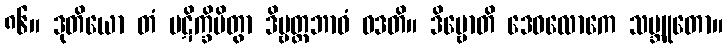
၈၆။ ဒုတိယော တံ ပဋိက္ခိပိတွာ ဒိဗ္ဗတ္တဘာဝံ ဝဒတိ။ ဒိဗ္ဗောတိ ဒေဝလောကေ သမ္ဘူတော။